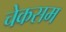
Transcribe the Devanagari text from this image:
चेकसम